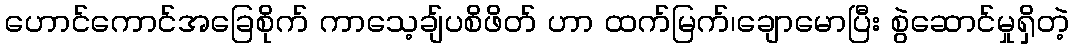
ဟောင်ကောင်အခြေစိုက် ကာသေ့ချ်ပစိဖိတ် ဟာ ထက်မြက်၊ချောမောပြီး စွဲဆောင်မှုရှိတဲ့